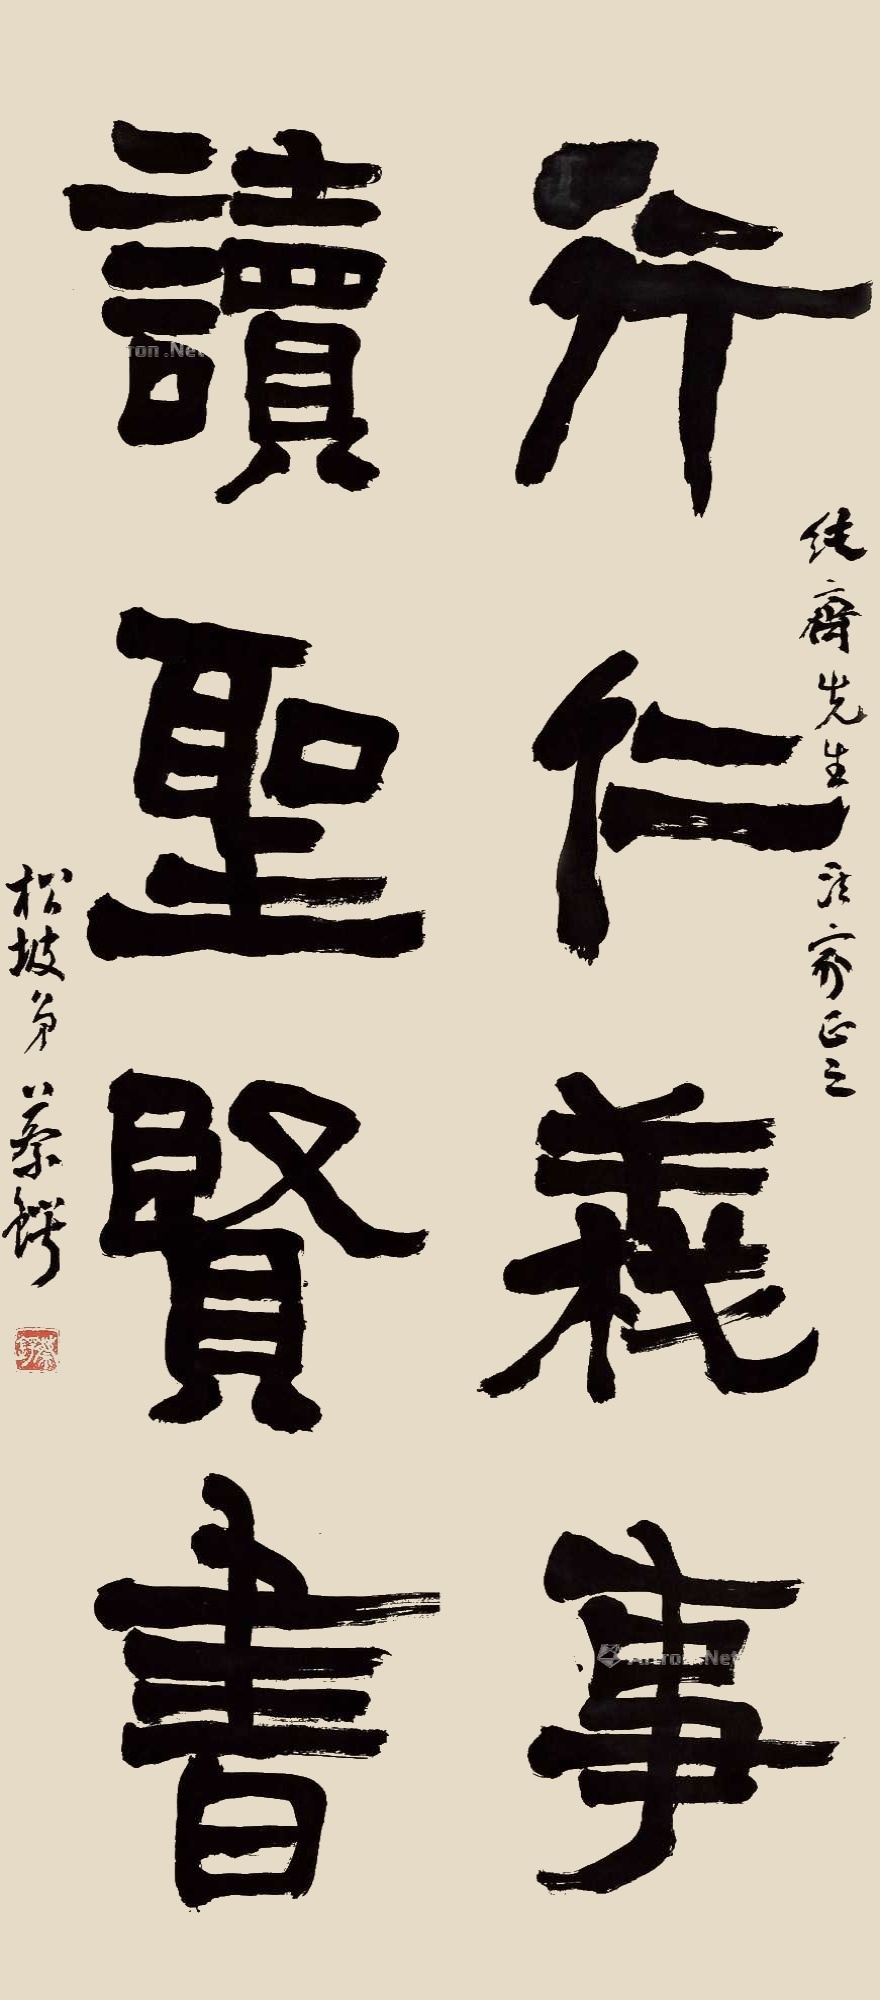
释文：行仁义事，读圣贤书。纯斋先生法家正之，松坡弟蔡锷。